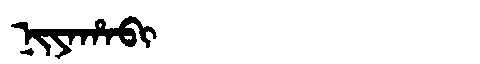
Manchu: ᠨᡳᠶᠠᡥᠠᠪᡳ
Romanization: NIYAHABI